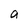
Character: a